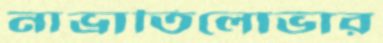
নাভ্রাতিলোভার